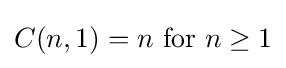
C(n,1)=n{\text{ for }}n\geq 1